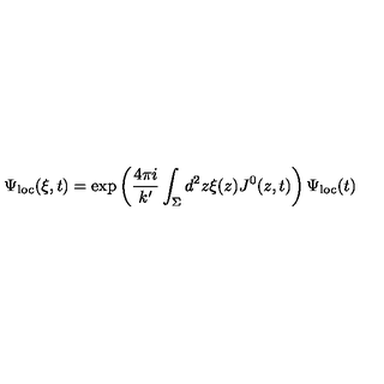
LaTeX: \Psi _ { \mathrm { l o c } } ( \xi , t ) = \exp \left( \frac { 4 \pi i } { k ^ { \prime } } \int _ { \Sigma } d ^ { 2 } z \xi ( z ) J ^ { 0 } ( z , t ) \right) \Psi _ { \mathrm { l o c } } ( t )